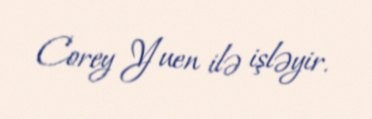
Corey Yuen ilə işləyir.